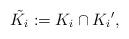
LaTeX: \begin{align*}\tilde{K_i} : = K_i \cap {K_i}',\end{align*}